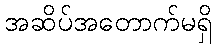
အဆိပ်အတောက်မရှိ